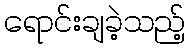
ရောင်းချခဲ့သည့်